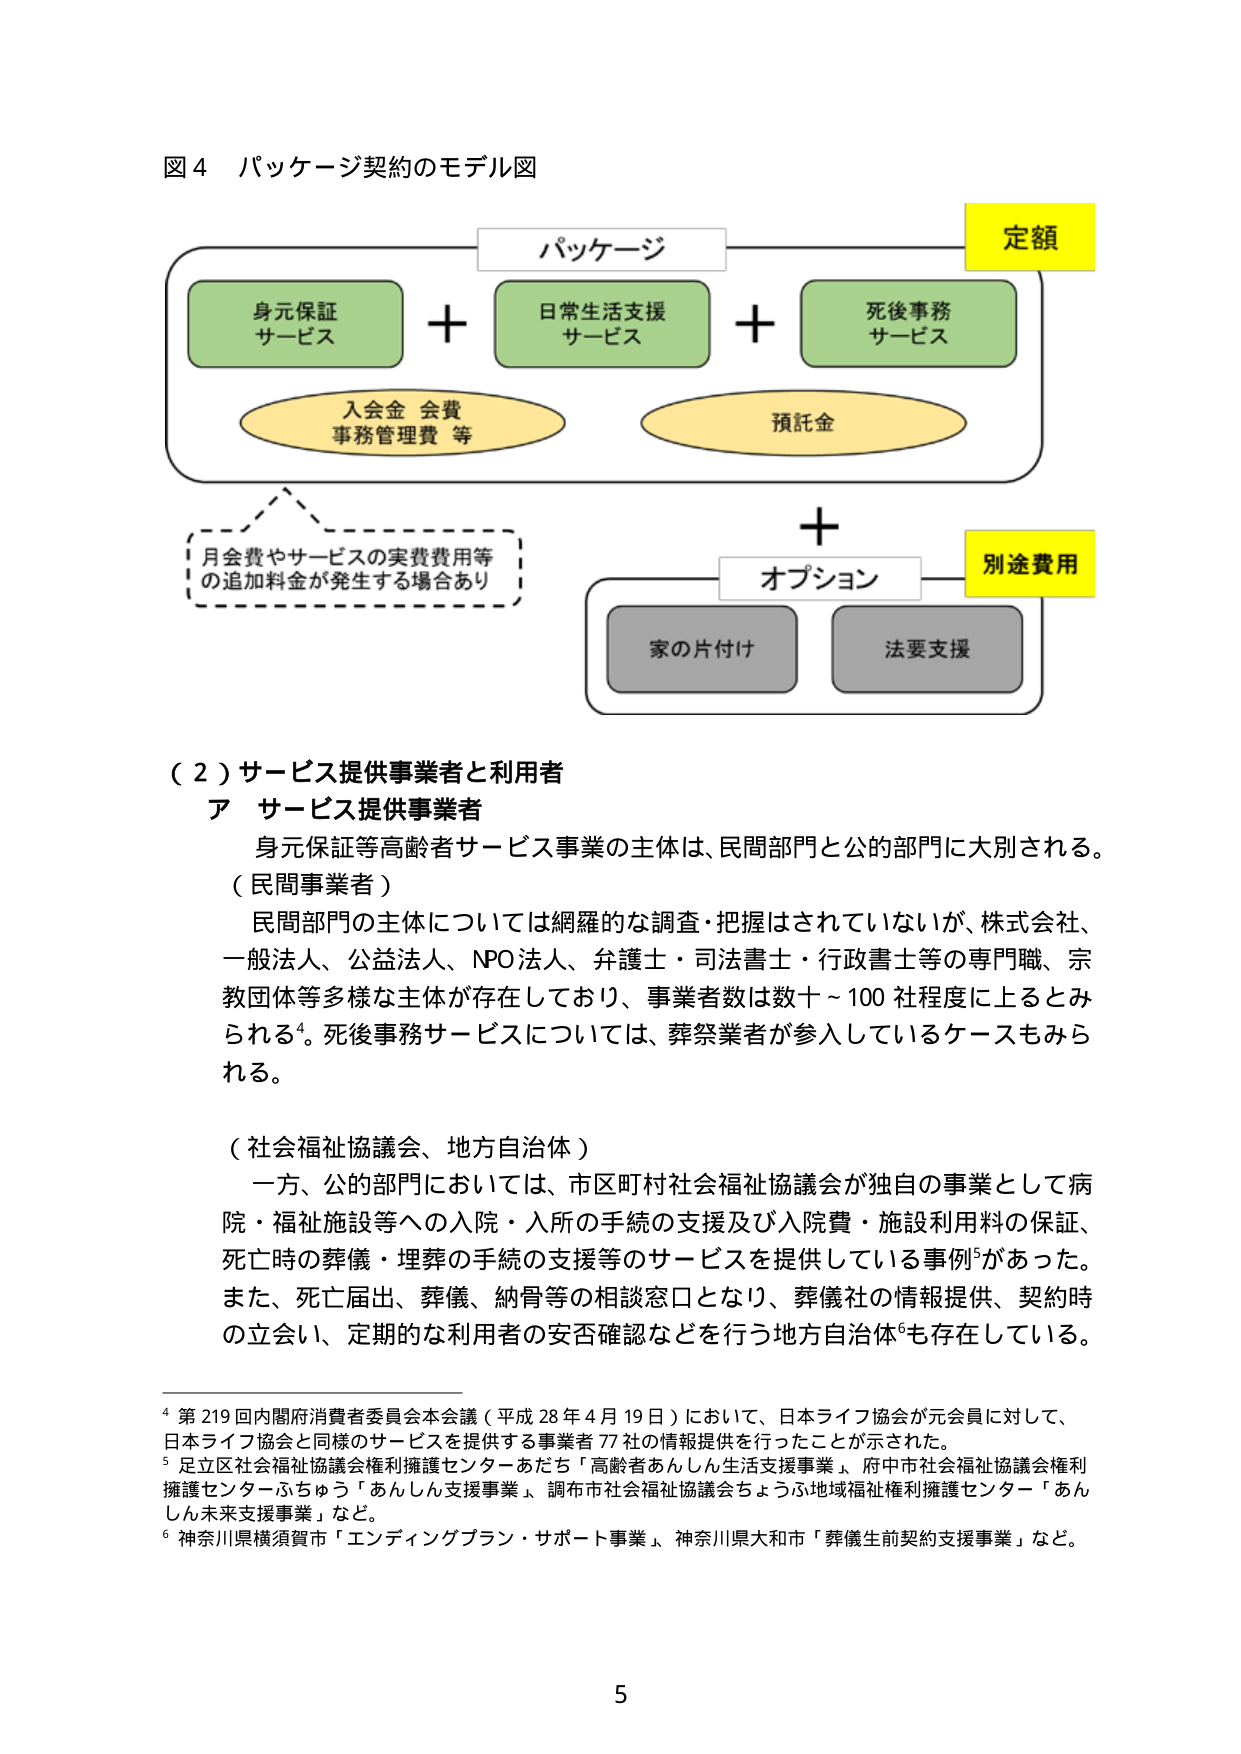
図４ パッケージ契約のモデル図

パッケージ
身元保証
サービス
＋
日常生活支援
サービス
＋
死後事務
サービス

入会金 会費
事務管理費 等
預託金

月会費やサービスの実費費用等
の追加料金が発生する場合あり

＋
オプション
家の片付け
法要支援

定額
別途費用

（２）サービス提供事業者と利用者
ア サービス提供事業者
身元保証等高齢者サービス事業の主体は、民間部門と公的部門に大別される。
（民間事業者）
民間部門の主体については網羅的な調査・把握はされていないが、株式会社、
一般法人、公益法人、NPO法人、弁護士・司法書士・行政書士等の専門職、宗
教団体等多様な主体が存在しており、事業者数は数十～100社程度に上るとみ
られる⁴。死後事務サービスについては、葬祭業者が参入しているケースもみら
れる。

（社会福祉協議会、地方自治体）
一方、公的部門においては、市区町村社会福祉協議会が独自の事業として病
院・福祉施設等への入院・入所の手続の支援及び入院費・施設利用料の保証、
死亡時の葬儀・埋葬の手続の支援等のサービスを提供している事例⁵があった。
また、死亡届出、葬儀、納骨等の相談窓口となり、葬儀社の情報提供、契約時
の立会い、定期的な利用者の安否確認などを行う地方自治体⁶も存在している。

⁴ 第219回内閣府消費者委員会本会議（平成28年4月19日）において、日本ライフ協会が元会員に対して、
日本ライフ協会と同様のサービスを提供する事業者77社の情報提供を行ったことが示された。
⁵ 足立区社会福祉協議会権利擁護センターあだち「高齢者あんしん生活支援事業」、府中市社会福祉協議会権利
擁護センターふちゅう「あんしん支援事業」、調布市社会福祉協議会ちょうふ地域福祉権利擁護センター「あん
しん未来支援事業」など。
⁶ 神奈川県横須賀市「エンディングプラン・サポート事業」、神奈川県大和市「葬儀生前契約支援事業」など。

5